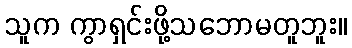
သူက ကွာရှင်းဖို့သဘောမတူဘူး။